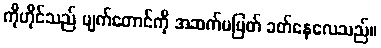
ကိုဟိုင်သည် မျက်တောင်ကို အဆက်မပြတ် ခတ်နေလေသည်။